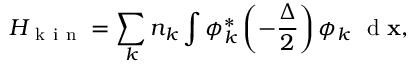
H _ { \mathrm { ~ k ~ i ~ n ~ } } = \sum _ { k } { n _ { k } \int { \phi _ { k } ^ { * } \left( - \frac { \Delta } { 2 } \right) \phi _ { k } \ \mathrm { ~ d ~ } { \bf x } } } ,